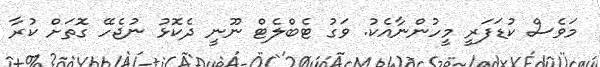
މަވެސް ކުޑަފަރީ މީހުންނާއެކު. ވަގު ޓެބްލެޓް ނޫނީ ދެކޮޅު ނުޖެހޭ ގޮތަށް ކުރާ